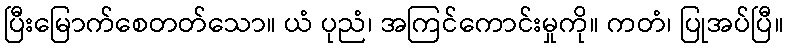
ပြီးမြောက်စေတတ်သော။ ယံ ပုညံ၊ အကြင်ကောင်းမှုကို။ ကတံ၊ ပြုအပ်ပြီ။